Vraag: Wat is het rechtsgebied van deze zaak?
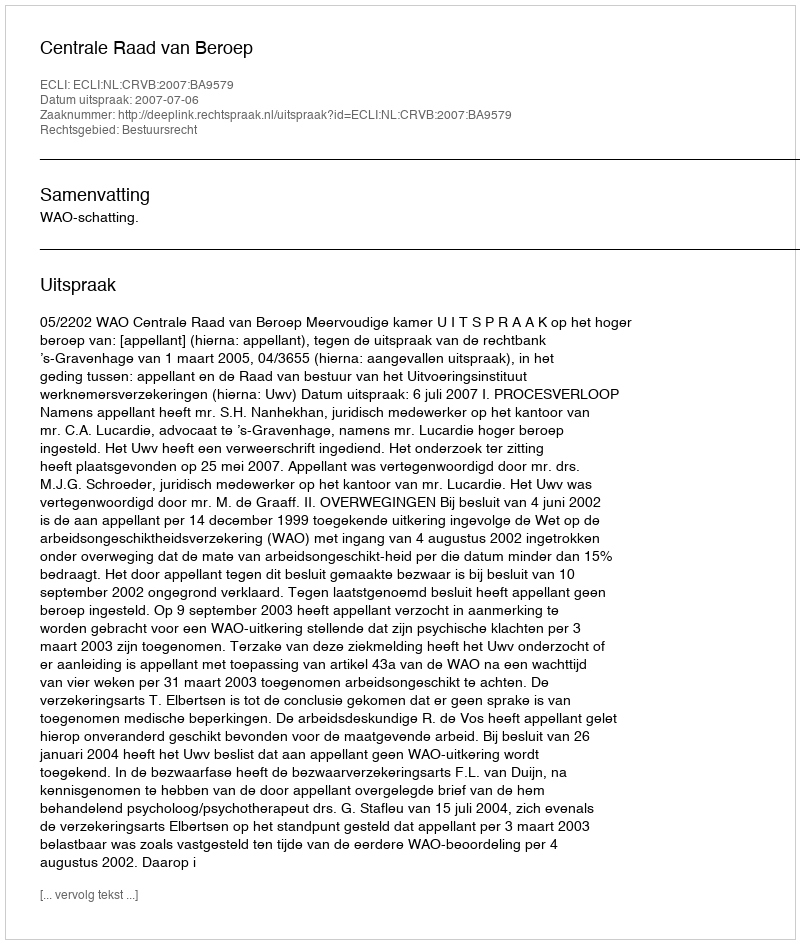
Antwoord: Bestuursrecht